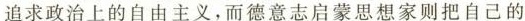
追求政治上的自由主义，而德意志启蒙思想家则把自己的